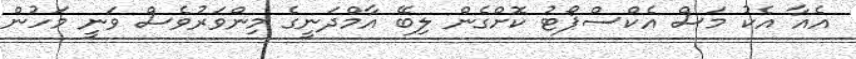
އެއާ އެކު މަސް އެކްސްޕޯޓު ކޮށްގެން ލިބޭ އާމްދަނީގެ މިންވަރުވެސް ވަނީ މަހުން